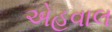
એહવાલ